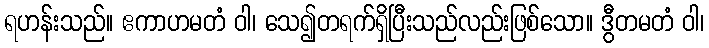
ရဟန်းသည်။ ဧကာဟမတံ ဝါ၊ သေ၍တရက်ရှိပြီးသည်လည်းဖြစ်သော။ ဒွီတမတံ ဝါ၊